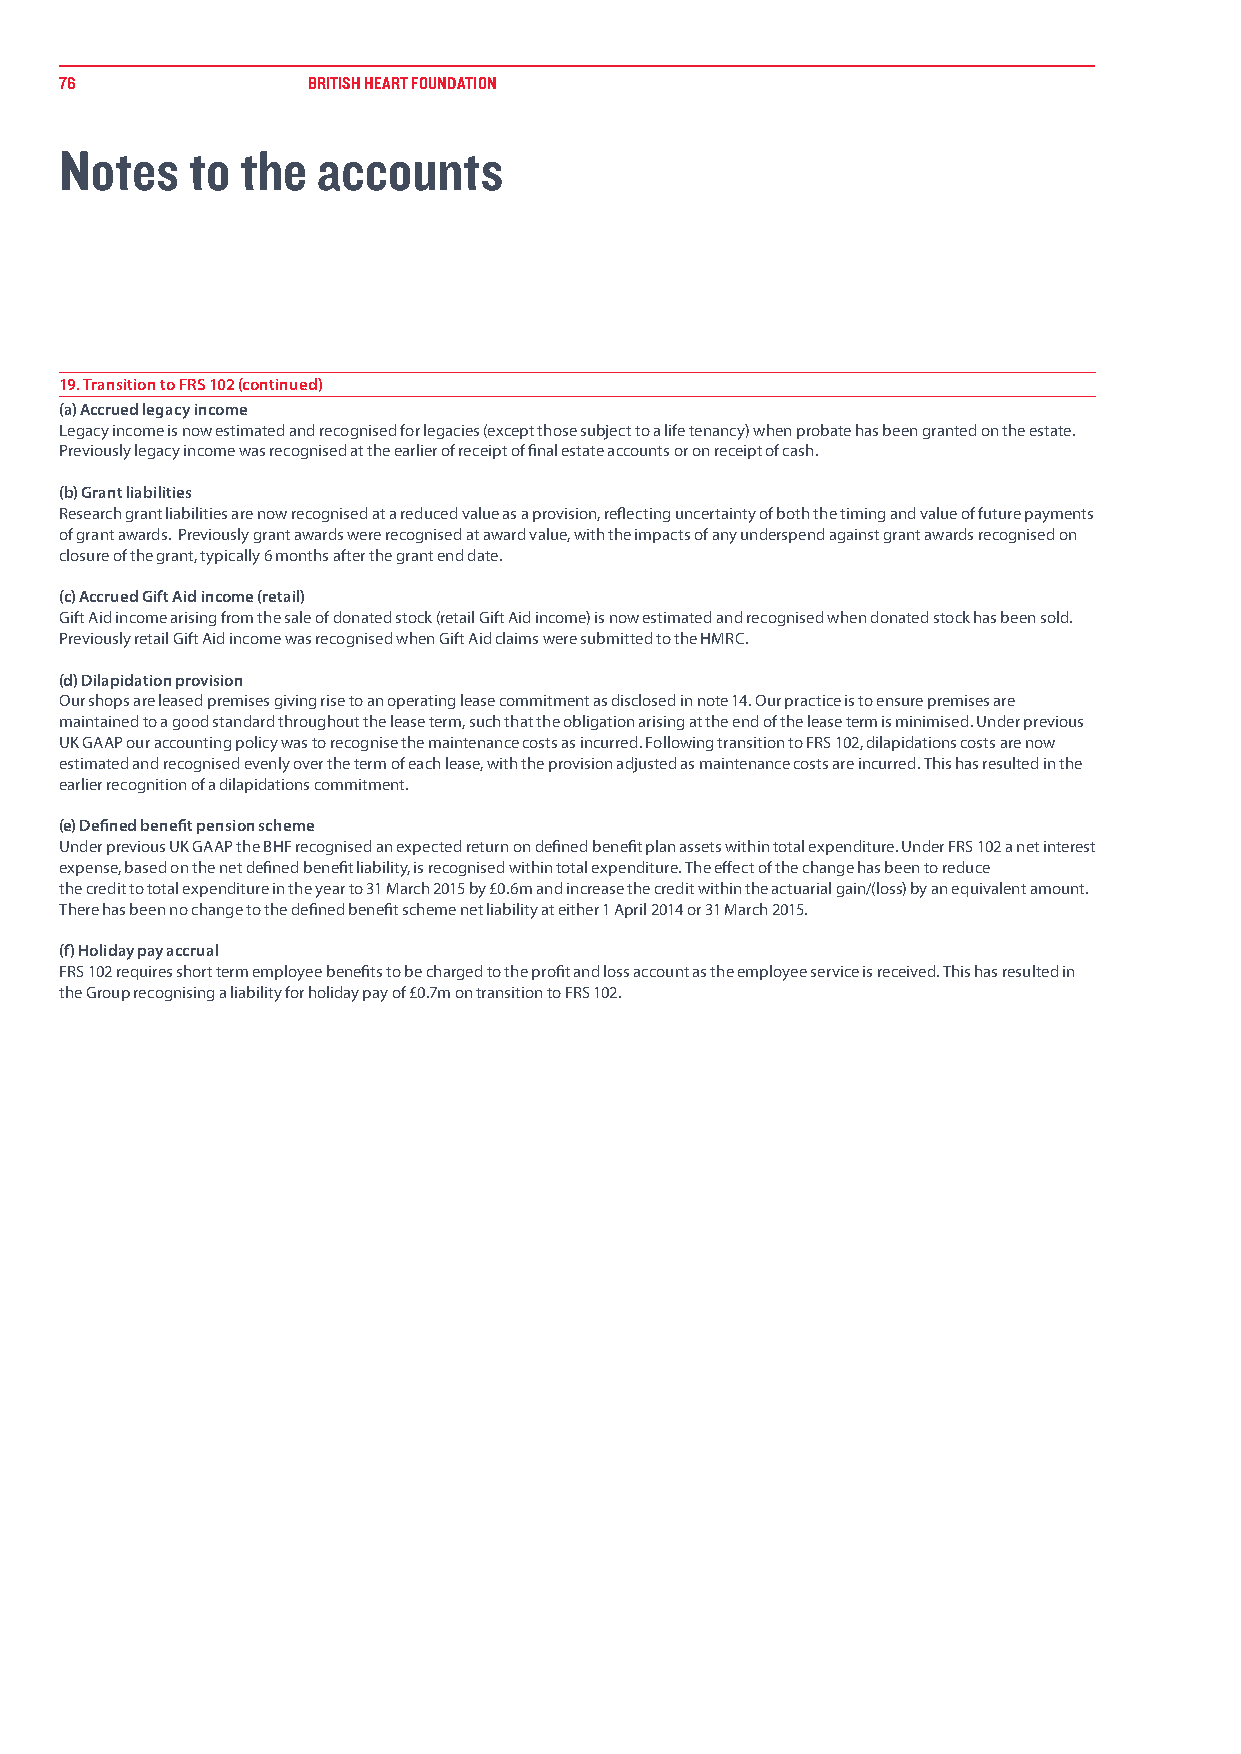
7766            BBRRIITTIISSHH HHEEAARRTT FFOOUUNNDDAATTIIOONN
 Notes    to the  accounts
 19. Transition to FRS 102 (continued)
 (a) Accrued legacy income
 Legacy income is now estimated and recognised for legacies (except those subject to a life tenancy) when probate has been granted on the estate.
 Previously legacy income was recognised at the earlier of receipt of final estate accounts or on receipt of cash.
 (b) Grant liabilities
 Research grant liabilities are now recognised at a reduced value as a provision, reflecting uncertainty of both the timing and value of future payments
 of grant awards. Previously grant awards were recognised at award value, with the impacts of any underspend against grant awards recognised on
 closure of the grant, typically 6 months after the grant end date.
 (c) Accrued Gift Aid income (retail)
 Gift Aid income arising from the sale of donated stock (retail Gift Aid income) is now estimated and recognised when donated stock has been sold.
 Previously retail Gift Aid income was recognised when Gift Aid claims were submitted to the HMRC.
 (d) Dilapidation provision
 Our shops are leased premises giving rise to an operating lease commitment as disclosed in note 14. Our practice is to ensure premises are
 maintained to a good standard throughout the lease term, such that the obligation arising at the end of the lease term is minimised. Under previous
 UK GAAP our accounting policy was to recognise the maintenance costs as incurred. Following transition to FRS 102, dilapidations costs are now
 estimated and recognised evenly over the term of each lease, with the provision adjusted as maintenance costs are incurred. This has resulted in the
 earlier recognition of a dilapidations commitment.
 (e) Defined benefit pension scheme
 Under previous UK GAAP the BHF recognised an expected return on defined benefit plan assets within total expenditure. Under FRS 102 a net interest
 expense, based on the net defined benefit liability, is recognised within total expenditure. The effect of the change has been to reduce
 the credit to total expenditure in the year to 31 March 2015 by £0.6m and increase the credit within the actuarial gain/(loss) by an equivalent amount.
 There has been no change to the defined benefit scheme net liability at either 1 April 2014 or 31 March 2015.
 (f) Holiday pay accrual
 FRS 102 requires short term employee benefits to be charged to the profit and loss account as the employee service is received. This has resulted in
 the Group recognising a liability for holiday pay of £0.7m on transition to FRS 102.